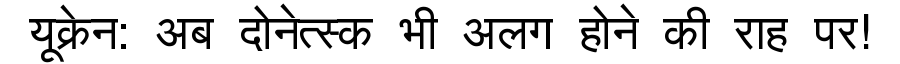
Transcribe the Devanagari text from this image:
यूक्रेन: अब दोनेत्स्क भी अलग होने की राह पर!